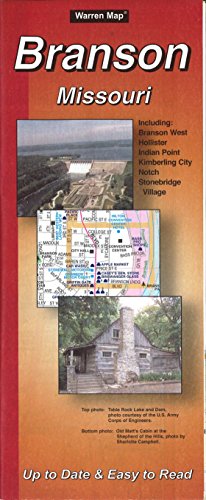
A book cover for Branson, MO; The Seeger Map Company Inc.; Travel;